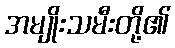
အမျိုးသမီးတို့၏